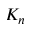
K _ { n }